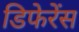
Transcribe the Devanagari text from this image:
डिफेरेंस